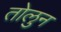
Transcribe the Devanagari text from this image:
तोलुन